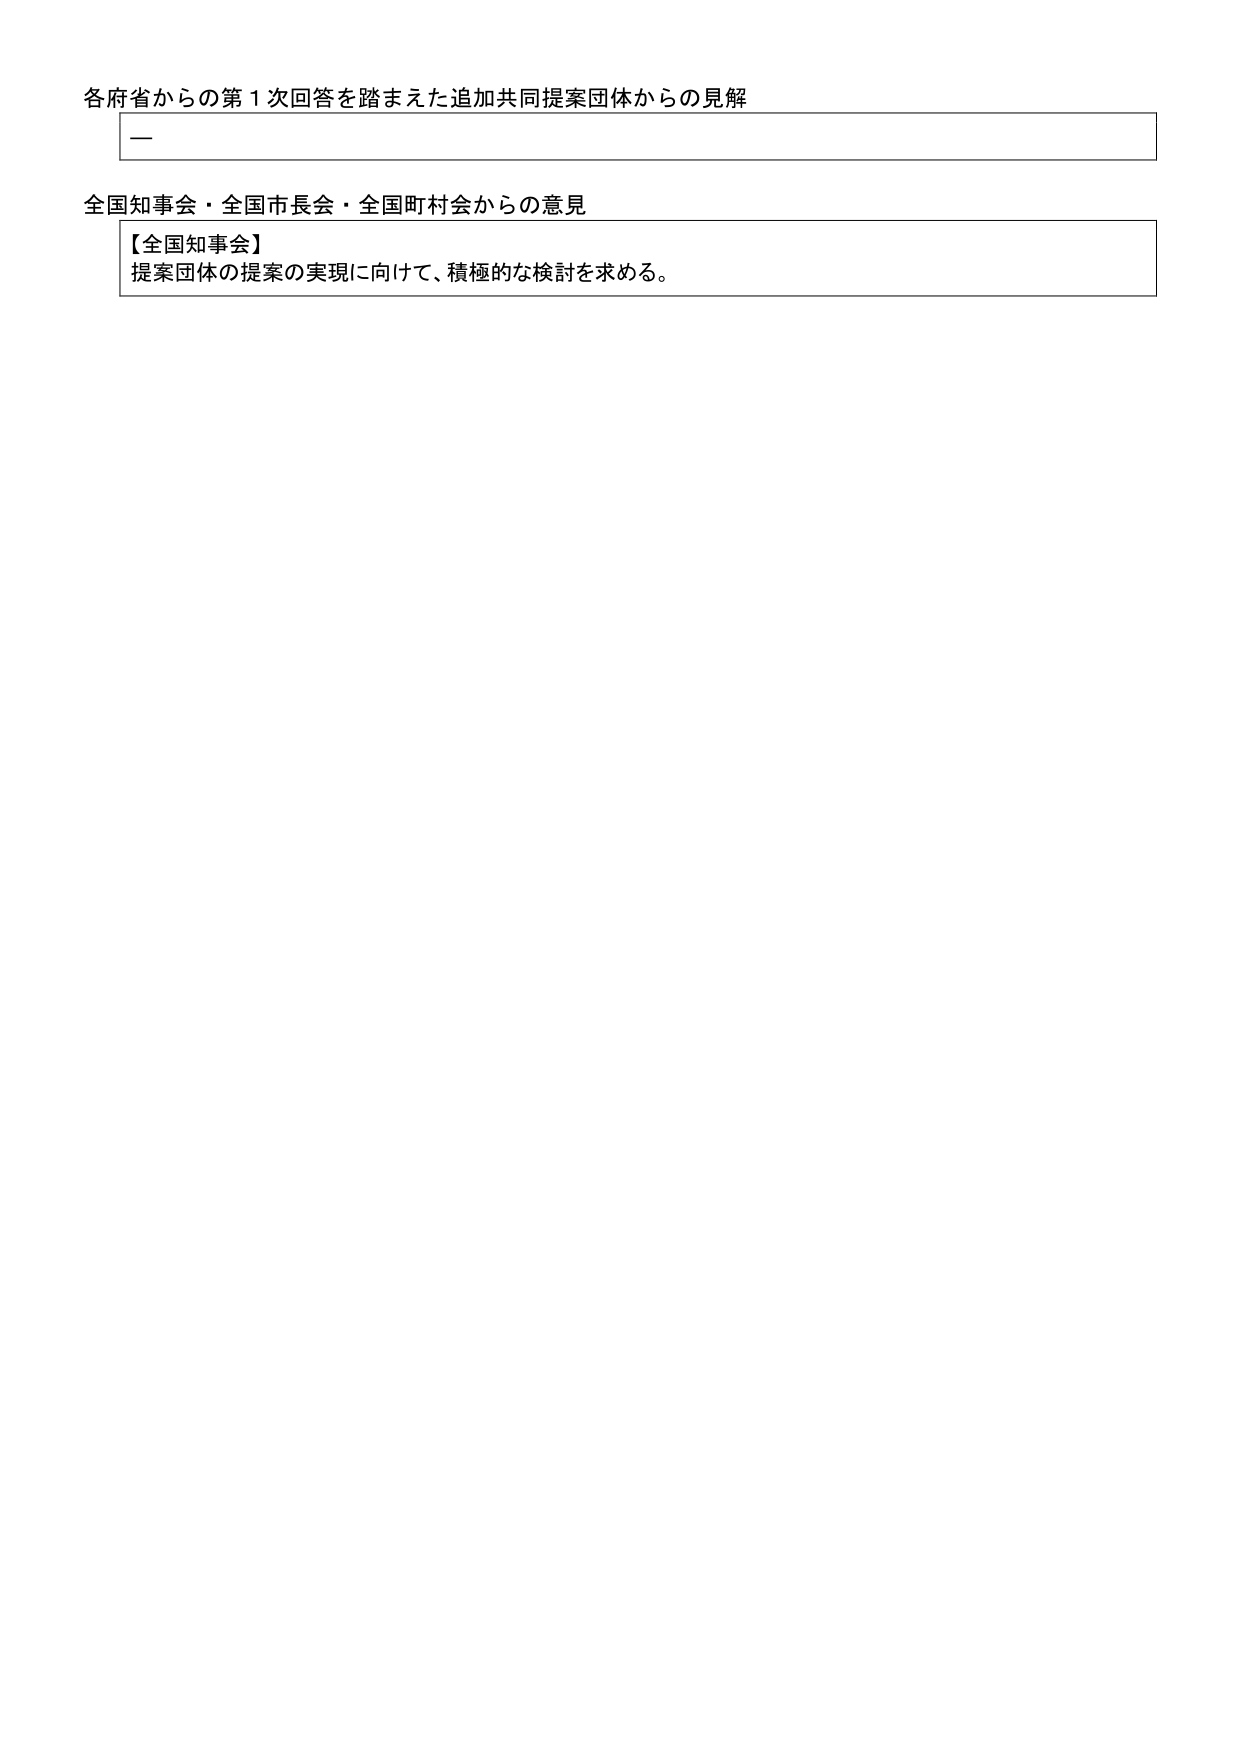
各府省からの第１次回答を踏まえた追加共同提案団体からの見解
一
全国知事会・全国市長会・全国町村会からの意見
【全国知事会】
提案団体の提案の実現に向けて、積極的な検討を求める。